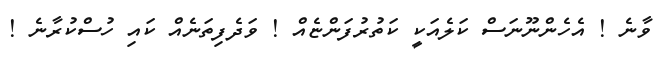
ވާނެ ! އެހެންނޫނަސް ކަލެއަކީ ކަތުރުފަންޏެއް ! ވަދެފިތަނެއް ކައި ހުސްކުރާނެ !